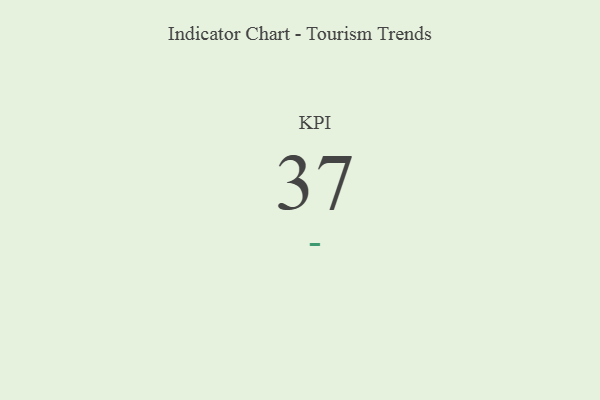
{"axis": {"x": "KPI", "y": "Value"}, "legend": [""], "data": [{"x": "KPI", "y": 37, "type": ""}]}